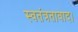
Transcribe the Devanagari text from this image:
स्वतंत्रतावाद।